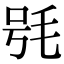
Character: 𣭖